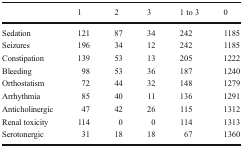
<table><thead><tr><td>[EMPTY_CELL]</td><td><b>1</b></td><td><b>2</b></td><td><b>3</b></td><td><b>1 to 3</b></td><td><b>0</b></td></tr></thead><tbody><tr><td>Sedation</td><td>121</td><td>87</td><td>34</td><td>242</td><td>1185</td></tr><tr><td>Seizures</td><td>196</td><td>34</td><td>12</td><td>242</td><td>1185</td></tr><tr><td>Constipation</td><td>139</td><td>53</td><td>13</td><td>205</td><td>1222</td></tr><tr><td>Bleeding</td><td>98</td><td>53</td><td>36</td><td>187</td><td>1240</td></tr><tr><td>Orthostatism</td><td>72</td><td>44</td><td>32</td><td>148</td><td>1279</td></tr><tr><td>Arrhythmia</td><td>85</td><td>40</td><td>11</td><td>136</td><td>1291</td></tr><tr><td>Anticholinergic</td><td>47</td><td>42</td><td>26</td><td>115</td><td>1312</td></tr><tr><td>Renal toxicity</td><td>114</td><td>0</td><td>0</td><td>114</td><td>1313</td></tr><tr><td>Serotonergic</td><td>31</td><td>18</td><td>18</td><td>67</td><td>1360</td></tr></tbody></table>